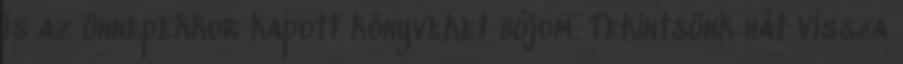
is az ünnepekkor kapott könyveket bújom. Tekintsünk hát vissza